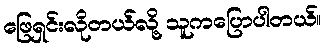
ဖြေရှင်းလိုတယ်လို့ သူကပြောပါတယ်။